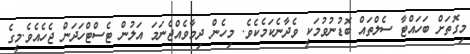
މިގޮތަށް ބަހައްޓާ ސެލްތައް ބޮޑުނުވުމަކީ ވެދާނެކަމެކެވެ. މިހެން ދިމާވެއްޖެނަމަ އަލުން ޓެސްޓްހަދަން ޖެހެއެވެ.މީގެ